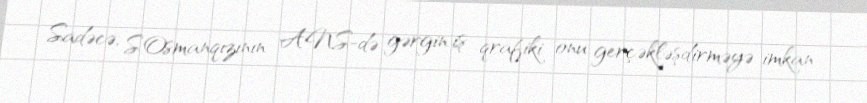
Sadəcə, S.Osmanqızının ANS-də gərgin iş qrafiki onu gerçəkləşdirməyə imkan